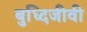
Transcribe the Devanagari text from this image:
बुध्दिजीवी